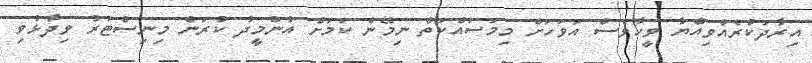
އިރާދަކުރެއްވިއްޔާ ވީހާވެސް އަވަހަށް މިމަސައްކަތް ނިމޭނެ ކަމަށް އުންމީދު ކުރަން މިނިސްޓަރު ވިދާޅުވި